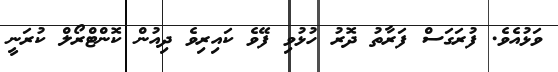
ވަޅުއެވެ. ފުރަގަސް ފަރާތު ދޮރު ހުޅުވިި ފޭވެ ކައިރިވެ ދިއުން ކޮންޓްރޯލް ކުރަނީ